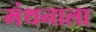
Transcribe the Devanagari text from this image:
मंथनाला